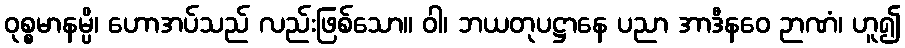
ဝုစ္စမာနမ္ပိ၊ ဟောအပ်သည် လည်းဖြစ်သော။ ဝါ၊ ဘယတုပဋ္ဌာနေ ပညာ အာဒီနဝေ ဉာဏံ၊ ဟူ၍